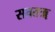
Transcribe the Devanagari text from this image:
सवतॠ